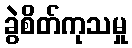
ခွဲစိတ်ကုသမှု